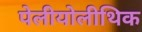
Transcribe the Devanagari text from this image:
पेलीयोलीथिक